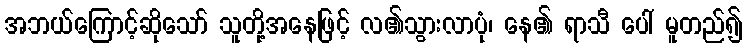
အဘယ်ကြောင့်ဆိုသော် သူတို့အနေဖြင့် လ၏သွားလာပုံ၊ နေ၏ ရာသီ ပေါ် မူတည်၍